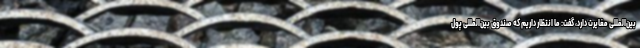
بین‌المللی مغایرت دارد، گفت: ما انتظار داریم که صندوق بین‌المللی پول